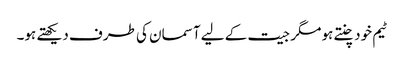
ٹیم خود چنتے ہو مگر جیت کے لیے آسمان کی طرف دیکھتے ہو۔